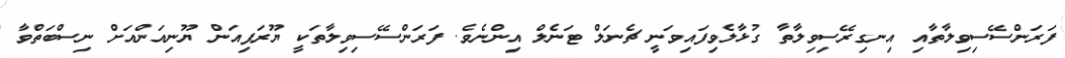
ފަރަންސޭސިވިލާތާއި އިނގިރޭސިވިލާތާ ގުޅާލެވިފައިވަނީ ޗެނަލް ޓަނެލް އިންނެވެ. ފަރަންސޭސިވިލާތަކީ ޔޫރަޕިއަން ޔޫނިއަންއަށް ނިސްބަތްވާ